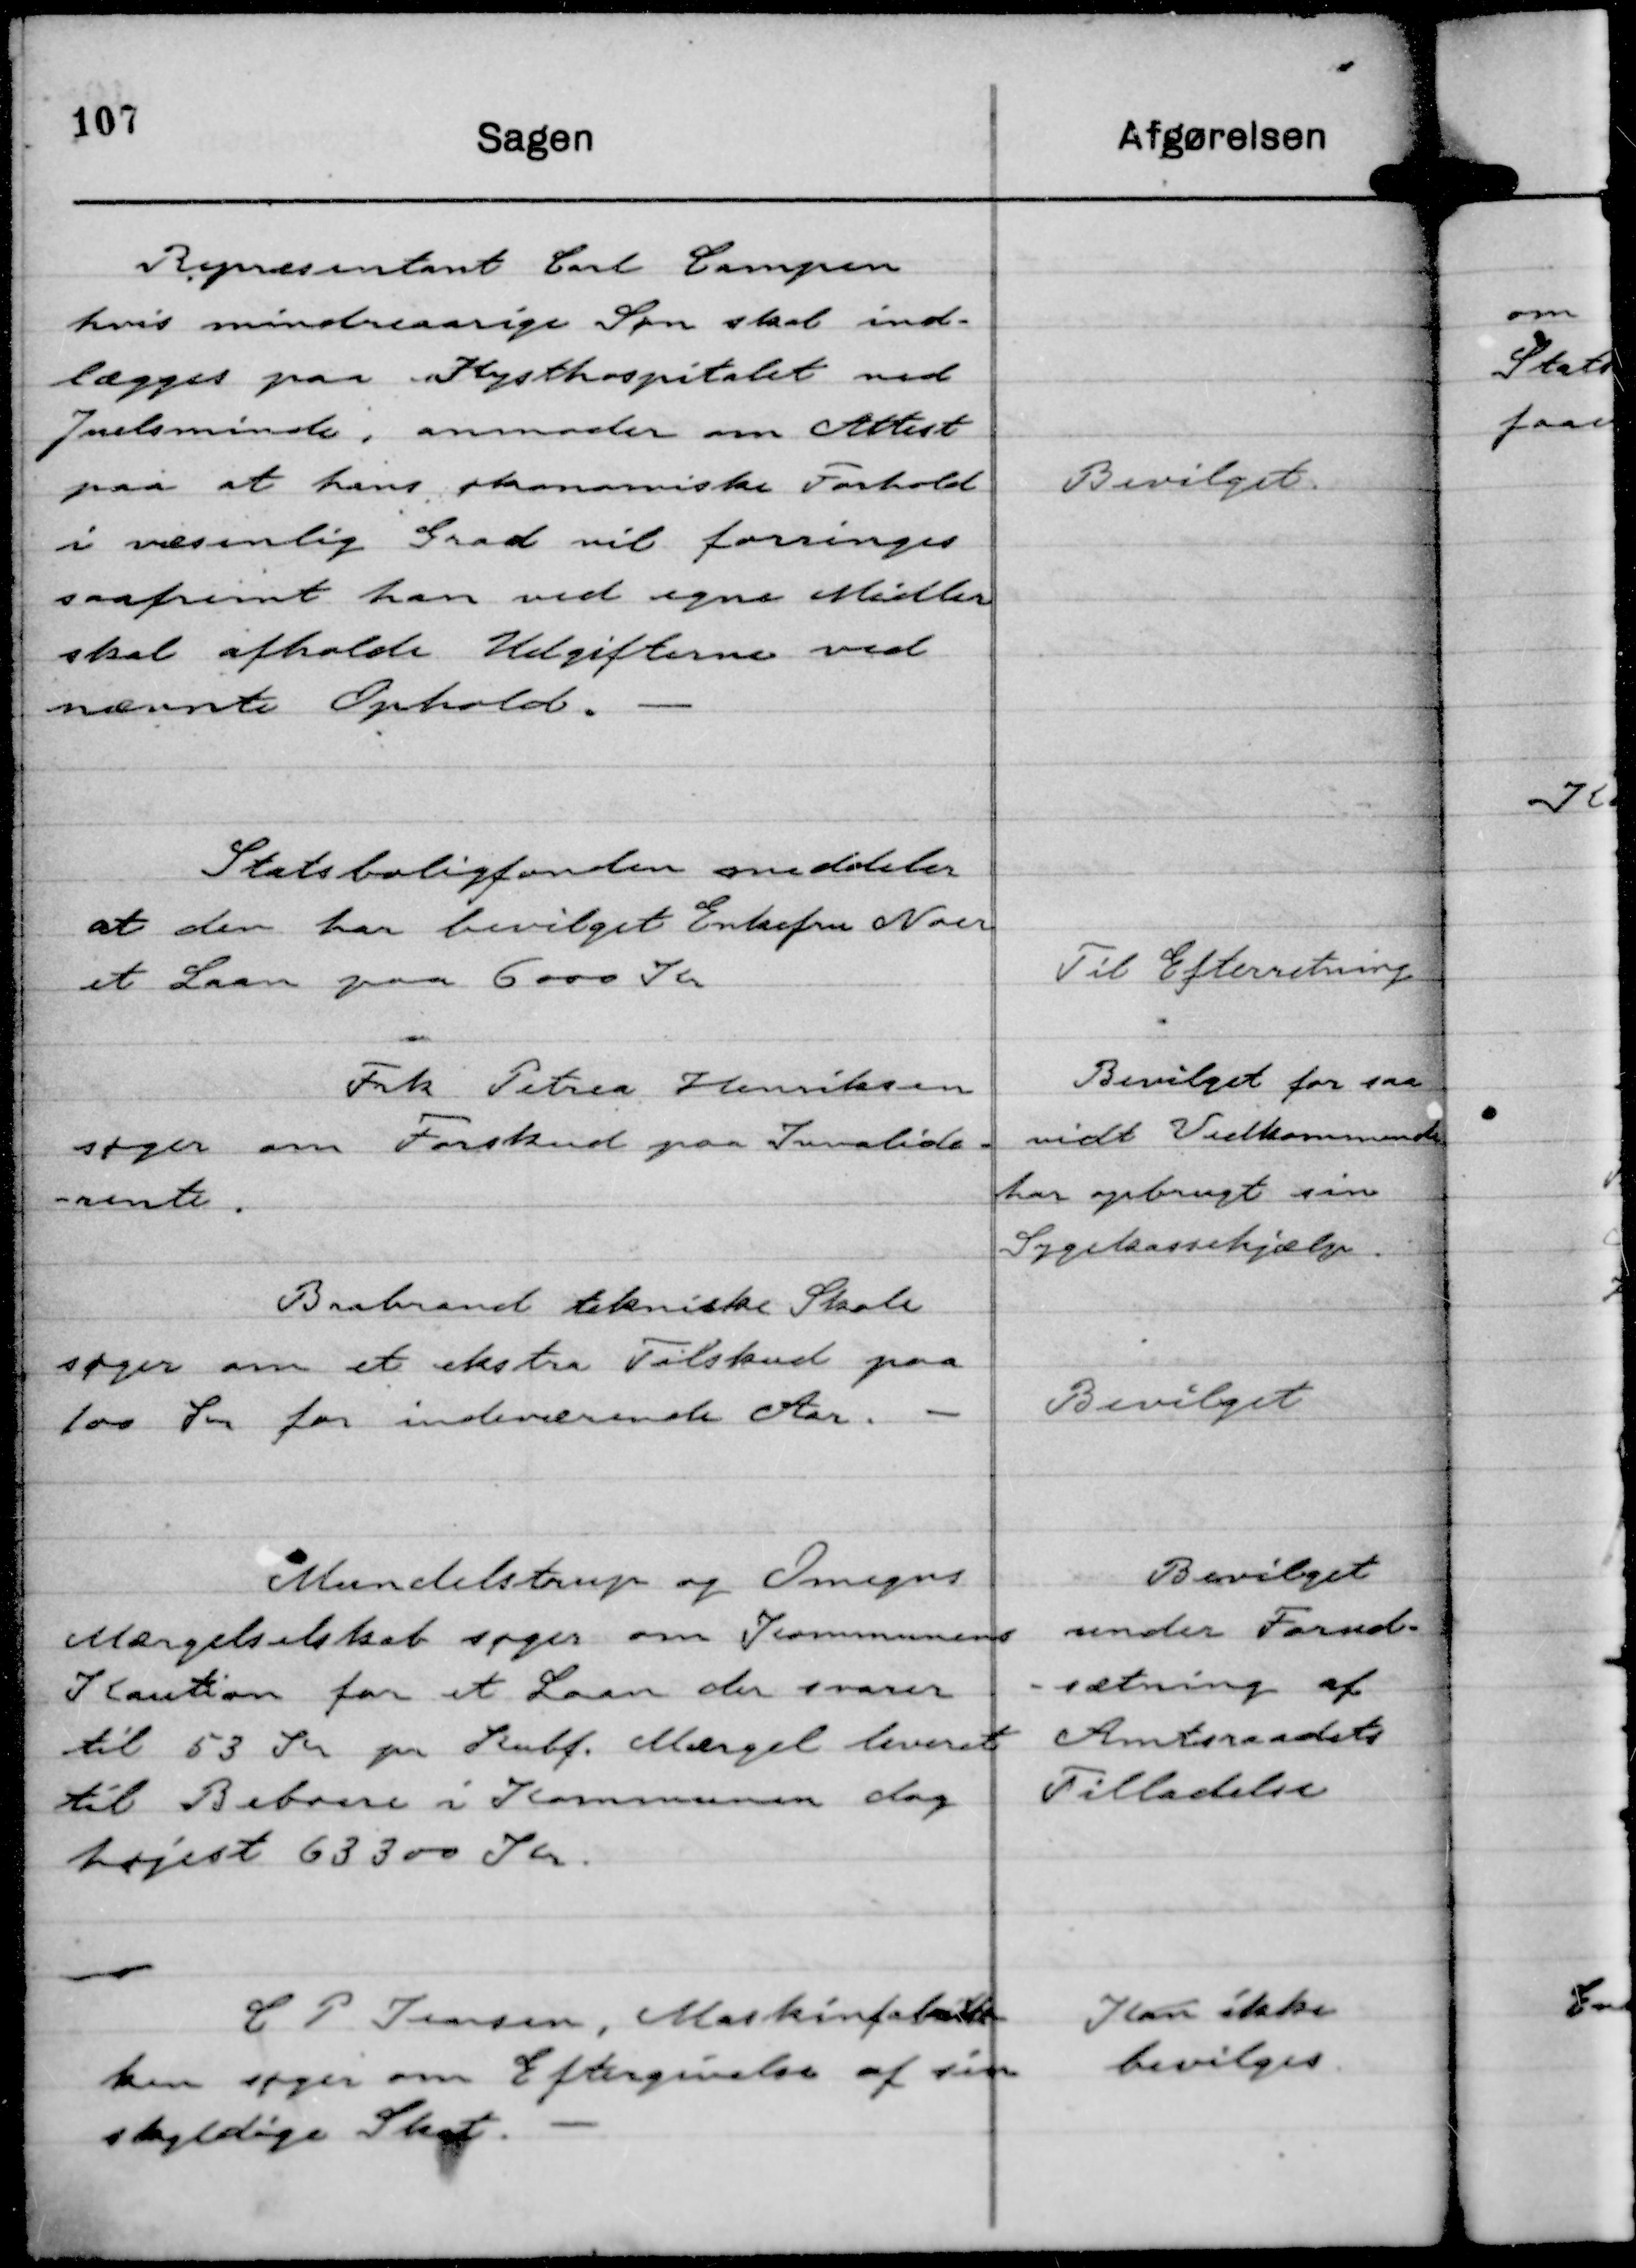
Transskription:
Repræsentant Carl Campen
hvis mindreaarige Søn skal ind-
lægges paa Kysthospitalet ved
Juelsminde, anmoder om Attest
paa at hans økonomiske Forhold
i væsenlig Grad vil forringes
saafremt han ved egne Midler
skal afholde Udgifterne ved
nævnte Ophold.

Bevilget.

Statsboligfonden meddeler
at den har bevilget Enkefru Noer
et Laan paa 6000 Kr

Til Efterretning

Frk Petrea Henriksen
søger om Forskud paa Invalide-
-rente.

Bevilget for saa
vidt Vedkommende
har opbrugt sin
Sygekassehjælp.

Brabrand tekniske Skole
søger om et ekstra Tilskud paa
100 Kr for indeværende Aar.

Bevilget

Mundelstrup og Omegns
Mærgelselskab søger Kommunens
Kaution for et Laan der svarer
til 53 Kr pr Kubf. Mærgel leveret
til Beboere i Kommunen dog
højest 63300 Kr.

Bevilget
under Forud-
-sætning af
Amtsraadets
Tilladelse

C P Ivarsen, Maskinfabrikke-
ken søger om Eftergivelse af sin
skyldige Skat.

Kan ikke
bevilges.